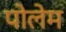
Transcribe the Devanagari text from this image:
पोलेम